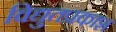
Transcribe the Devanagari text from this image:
विद्युतप्रकाश